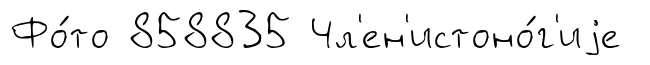
Фо́то 858835 Чл'ен'истоно́г'иjе